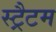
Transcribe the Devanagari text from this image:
स्ट्रैटम